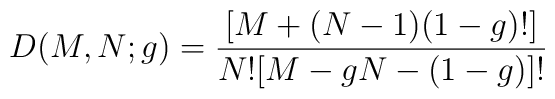
D(M,N;g)=\frac{[ M+(N-1)(1-g)! ]}{N! [ M-gN-(1-g) ]!}